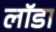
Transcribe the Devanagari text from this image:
लॉडा